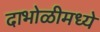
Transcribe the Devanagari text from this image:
दाभोळीमध्ये